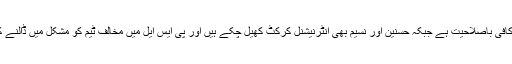
انھوں نے کہا بابر اعظم کافی باصلاحیت ہے جبکہ حسنین اور نسیم بھی انٹرنیشنل کرکٹ کھیل چکے ہیں اور پی ایس ایل میں مخالف ٹیم کو مشکل میں ڈالنے کی صلاحیت رکھتے ہیں۔